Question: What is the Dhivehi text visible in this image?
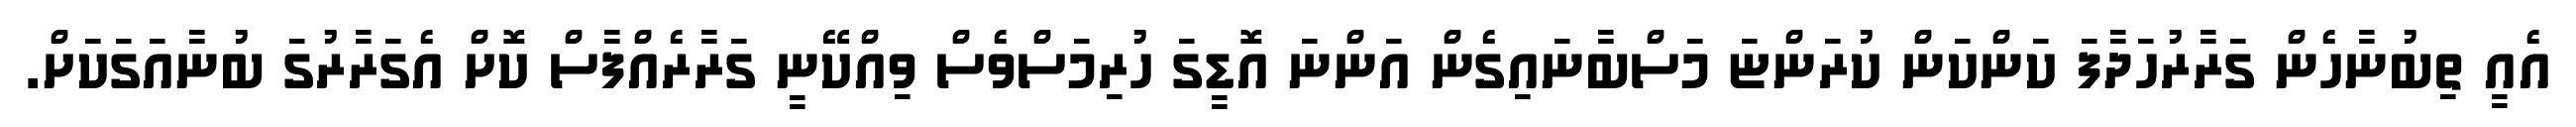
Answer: އެއީ ތިބުނާހެން ގަރާރުހަދާފަ ކަންކަން ކުރަންޏަ މަސްބާނައިގެން އަންނަ އޮޑީގަ ހުރިމަސްވެސް ވިއްކޭނީ ގަރާރެއްފާސް ކޮށް އެގަރާރުގަ ބުނާއަގަކަށް.